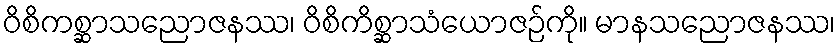
ဝိစိကစ္ဆာသညောဇနဿ၊ ဝိစိကိစ္ဆာသံယောဇဉ်ကို။ မာနသညောဇနဿ၊